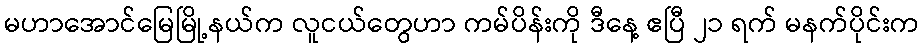
မဟာအောင်မြေမြို့နယ်က လူငယ်တွေဟာ ကမ်ပိန်းကို ဒီနေ့ ဧပြီ ၂၁ ရက် မနက်ပိုင်းက